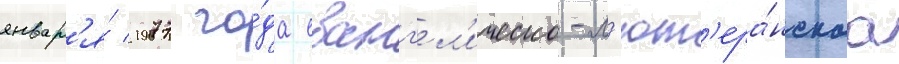
январ'я́ 1977 го́да еванг'ел'ическо-л'ют'ера́нскаа